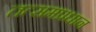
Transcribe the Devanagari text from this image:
तत्समप्रधान